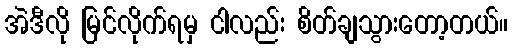
အဲဒီလို မြင်လိုက်ရမှ ငါလည်း စိတ်ချသွားတော့တယ်။